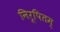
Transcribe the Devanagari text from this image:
निरूपितम्